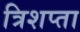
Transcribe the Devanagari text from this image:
त्रिशप्ता